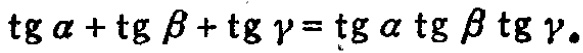
\(\operatorname{tg} \alpha+\operatorname{tg} \beta+\operatorname{tg} \gamma=\operatorname{tg} \alpha \operatorname{tg} \beta \operatorname{tg} \gamma\)